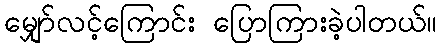
မျှော်လင့်ကြောင်း ပြောကြားခဲ့ပါတယ်။